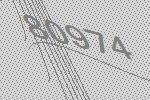
80974